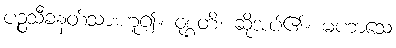
ပဉ္စသီခနတ်သားဟူ၍။ ဝုစ္စတိ၊ ဆိုအပ်၏။ မဟာသေ